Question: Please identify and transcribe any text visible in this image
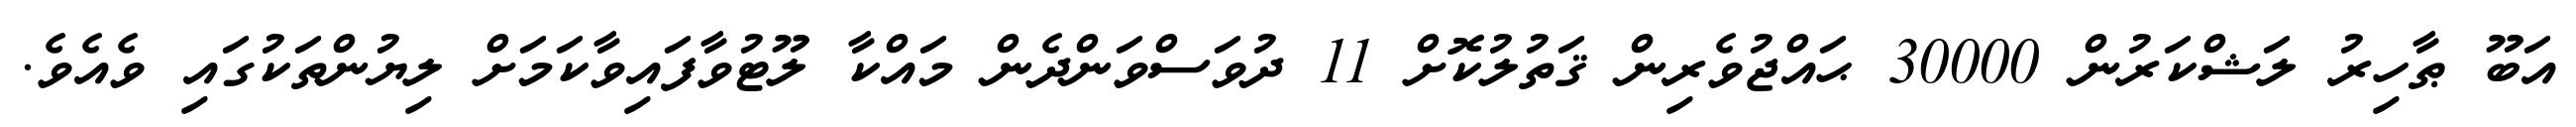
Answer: އަބޫ ޠާހިރު ލަޝްކަރުން 30000 ޙައްޖުވެރިން ޤަތުލުކޮށް 11 ދުވަސްވަންދެން މައްކާ ލޫޓުވާފައިވާކަމަށް ލިޔުންތަކުގައި ވެއެވެ.